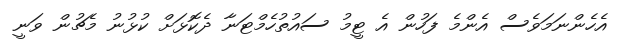
އެހެންނަމަވެސް އެންމެ ފަހުން އެ ޓީމު ސައުތުހެމްޓަނާ ދެކޮޅަށް ކުޅުނު މެޗުން ވަނީ